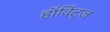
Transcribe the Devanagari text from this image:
हॉर्विट्ज